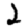
Digit: 2